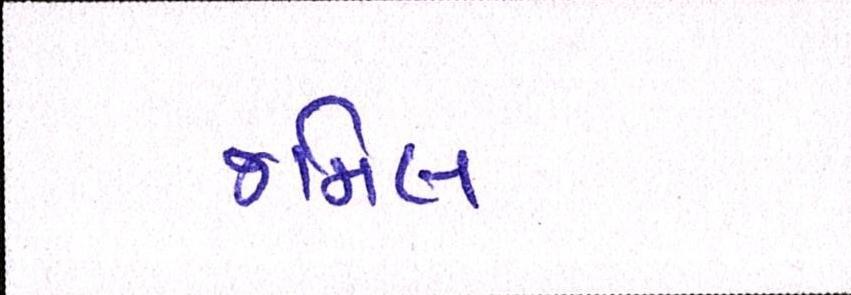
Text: જમિલ